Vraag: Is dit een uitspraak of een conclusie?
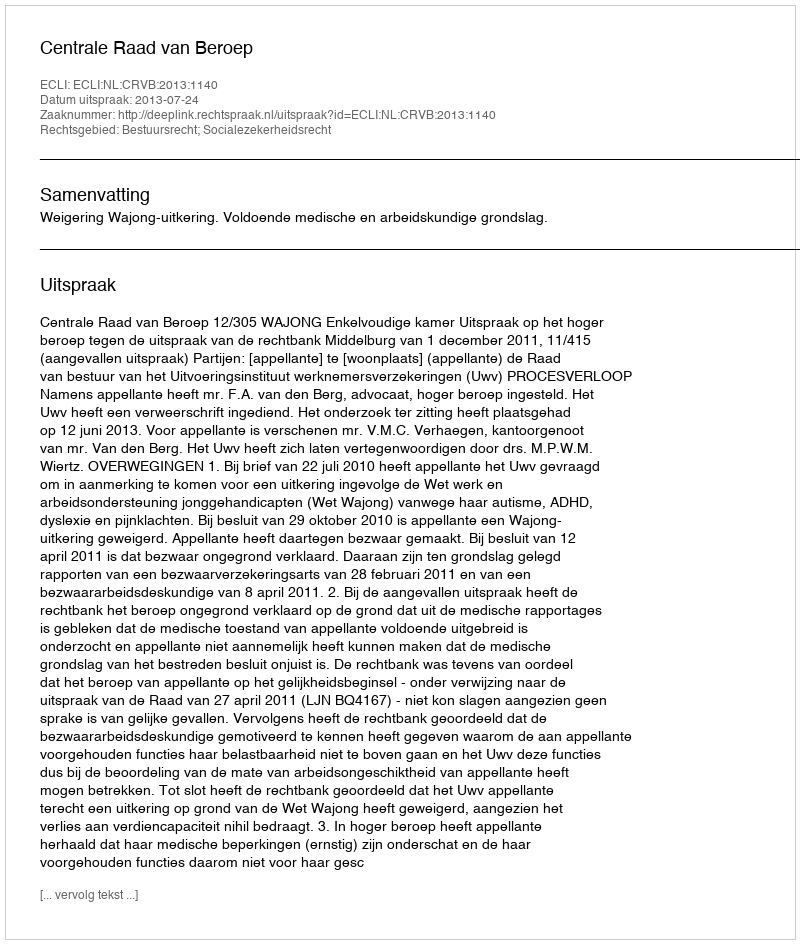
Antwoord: Uitspraak